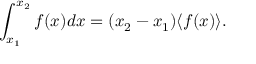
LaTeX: \int _ { x _ { 1 } } ^ { x _ { 2 } } f ( x ) d x = ( x _ { 2 } - x _ { 1 } ) \langle f ( x ) \rangle .